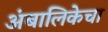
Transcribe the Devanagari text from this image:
अंबालिकेचा